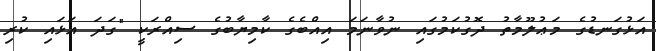
އަޅުގަނޑުގެ މަޢުލޫމާތު ދޮގުކަމުގައި ނުވާނަމަ އިއްބެގެ ކާމިޔާބުގެ ސިއްރަކީ "ގަދަ އަޅައި ކުރި